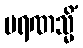
မရဏသ္မိံ